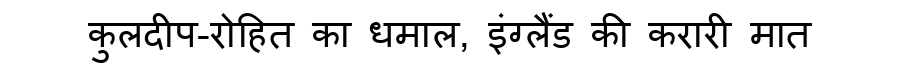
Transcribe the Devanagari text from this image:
कुलदीप-रोहित का धमाल, इंग्लैंड की करारी मात